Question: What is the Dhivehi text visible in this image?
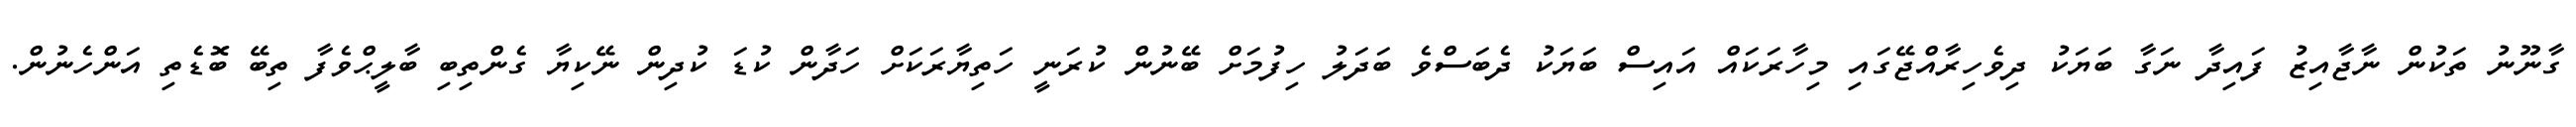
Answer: ގާނޫނު ތަކުން ނާޖާއިޒު ފައިދާ ނަގާ ބަޔަކު ދިވެހިރާއްޖޭގައި މިހާރަކައް އައިސް ބަޔަކު ދެބަސްވެ ބަދަލު ހިފުމަށް ބޭނުން ކުރަނީ ހަތިޔާރަކަށް ހަދާން ކުޑަ ކުދިން ނޭކިޔާ ގެންތިބި ބާލީޙްވެފާ ތިބޭ ބޮޑެތި އަންހެނުން.